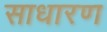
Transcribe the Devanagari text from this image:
साधारण्‍ा